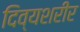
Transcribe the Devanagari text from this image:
दिव्यशरीर